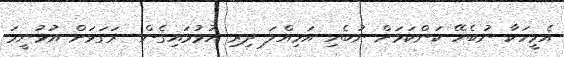
އެމީހަކާ ނުބެހޭ ކަންކަމަށް ނުބެހި އަމިއްލަ ދިރި އުޅުމައިގެން  ރަގަޅަށް އުޅުނީމަ